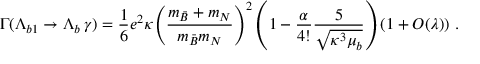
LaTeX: \Gamma ( \Lambda _ { b 1 } \to \Lambda _ { b } \, \gamma ) = { \frac { 1 } { 6 } } e ^ { 2 } \kappa { \left( \frac { m _ { \bar { B } } + m _ { N } } { m _ { \bar { B } } m _ { N } } \right) ^ { 2 } } \left( 1 - { \frac { \alpha } { 4 ! } } { \frac { 5 } { \sqrt { \kappa ^ { 3 } \mu _ { b } } } } \right) \left( 1 + { \cal O } ( \lambda ) \right) \, .